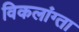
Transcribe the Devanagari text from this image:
विकलांग्‍ता